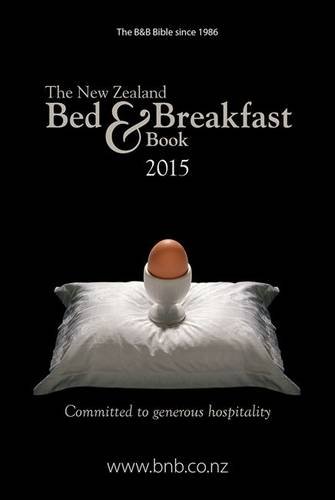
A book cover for New Zealand Bed & Breakfast 2015; Travel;